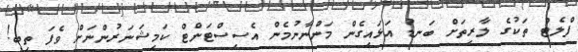
ފްލެޓް ތަކުގެ ލާރިތަށް ބަނޑު އަޅައިގެން މަންނާނުމެން އެސިސްޓަންޓް ކަމިޝަނަރުންނަށް ވެފަ ތިބީ!